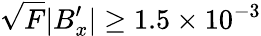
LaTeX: \sqrt{F}\lvert B_{x}^{\prime}\rvert\ge 1.5\times 10^{-3}